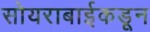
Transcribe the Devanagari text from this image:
सोयराबाईकडून